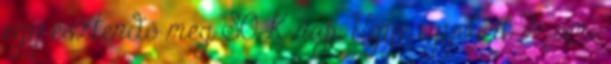
egy esztendő meg SOK nap. Ugye egyetért ?- ami